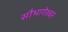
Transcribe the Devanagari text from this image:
सौभागेश्वर